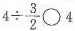
$$4 \div \frac{3}{2}\bigcirc 4$$